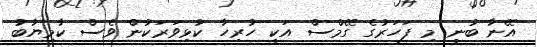
އޭނާ ބުނީ މި ފަހަރުގެ ގޭމްސް އަކީ ހުރިހާ ކުޅިވަރަކުން ވެސް ކާމިޔާބު